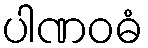
ပါဏဝဓံ